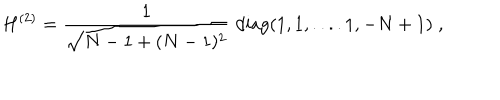
H ^ { ( 2 ) } = \frac { 1 } { \sqrt { N - 1 + ( N - 1 ) ^ { 2 } } } \; \mathrm { d i a g } ( 1 , 1 , . . . . 1 , - N + 1 ) \; ,